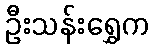
ဦးသန်းရွှေက